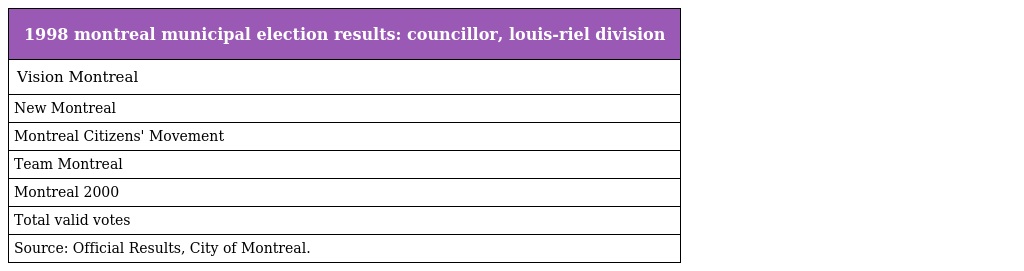
| 1998 montreal municipal election results: councillor, louis-riel division |
 | --- |
 | Vision Montreal |
 | New Montreal |
 | Montreal Citizens' Movement |
 | Team Montreal |
 | Montreal 2000 |
 | Total valid votes |
 | Source: Official Results, City of Montreal. |